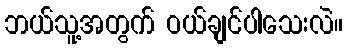
ဘယ်သူ့အတွက် ဝယ်ချင်ပါသေးလဲ။